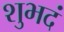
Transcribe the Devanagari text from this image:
शुभदं